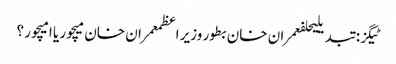
ٹیگز: تبدیلیحلفعمران خان بطور وزیر اعظمعمران خان میچور یا امیچور ؟